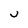
Character: U